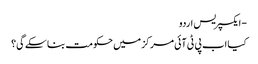
- ایکسپریس اردو
کیا اب پی ٹی آئی مرکز میں حکومت بنا سکے گی؟